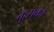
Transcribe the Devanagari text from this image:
कुसको